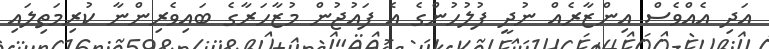
އަދި އެއްވެސް އިންޒާރެއް ނުދީ ފުލުހުންގެ އެ ފައުޖުން މުޒާހަރާގެ ބައިވެރިންނާ ކުރިމަތިލައި